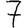
Digit: 7